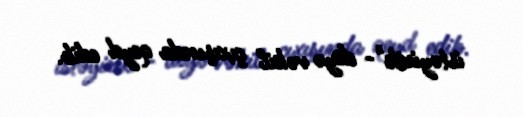
istəyirik"- deyə vəkil çıxışında qeyd edib.